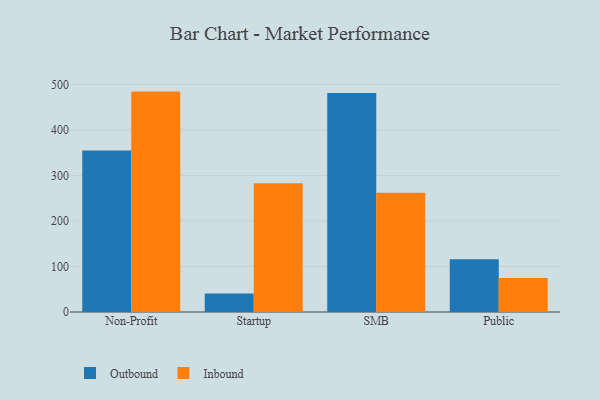
{"axis": {"x": "Segment", "y": "Population (Million)"}, "legend": ["Inbound", "Outbound"], "data": [{"x": "Non-Profit", "y": 354.7, "type": "Outbound"}, {"x": "Non-Profit", "y": 484.4, "type": "Inbound"}, {"x": "Startup", "y": 40.9, "type": "Outbound"}, {"x": "Startup", "y": 283.1, "type": "Inbound"}, {"x": "SMB", "y": 481.1, "type": "Outbound"}, {"x": "SMB", "y": 262.0, "type": "Inbound"}, {"x": "Public", "y": 116.0, "type": "Outbound"}, {"x": "Public", "y": 74.7, "type": "Inbound"}]}